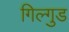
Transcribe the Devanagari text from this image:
गिल्गुड